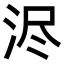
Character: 浕